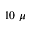
1 0 ~ \mu